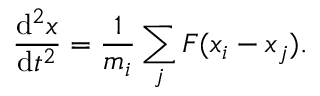
\frac { \mathrm { d } ^ { 2 } x } { \mathrm { d } t ^ { 2 } } = \frac { 1 } { m _ { i } } \sum _ { j } F ( x _ { i } - x _ { j } ) .